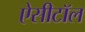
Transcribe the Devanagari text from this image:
ऐसीटॉल